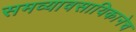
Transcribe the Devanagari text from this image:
समव्यावसायिकानेच